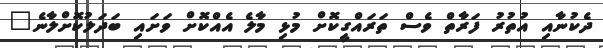
ދެކުނާއި އުތުރު ފަރާތް ވެސް ތަރައްގީކޮށް މުޅި މާލެ އެއްކޮށް ވަށައި ބަދަލުކޮށްލާނެ"